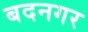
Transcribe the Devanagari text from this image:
बदनगर